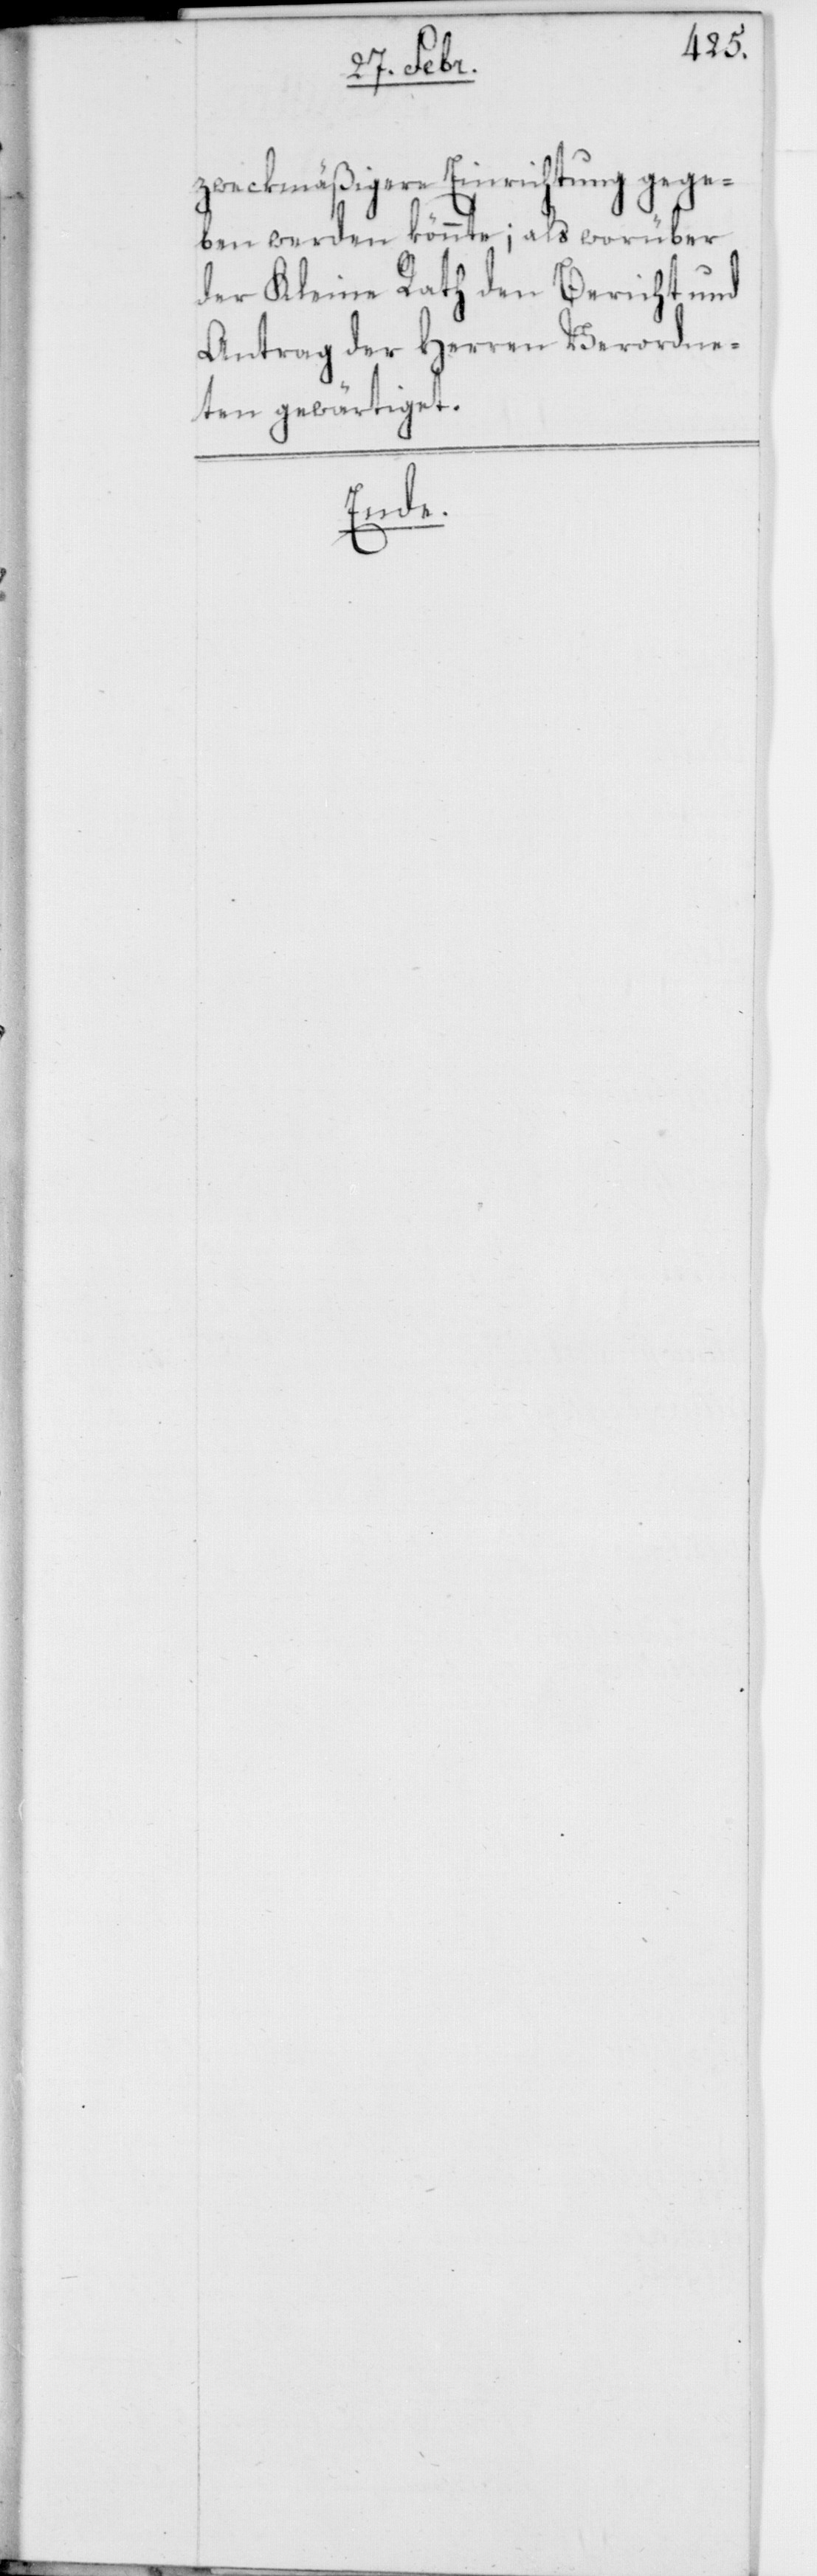
zweckmäßigere Einrichtung gege¬
ben werden könnte; als worüber
der Kleine Rath den Bericht und
Antrag der Herren Verordne¬
ten gewärtiget.